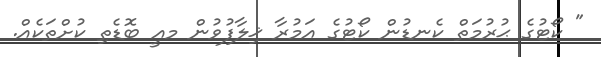
" ކޯޓުގެ ޙުރުމަތް ކެނޑުން ކޯޓުގެ އަމުރާ ޚިލާފުވުން މއީ ބޮޑެތި ކުށްތަކެއް.